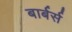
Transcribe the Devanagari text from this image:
बार्बर्स